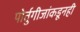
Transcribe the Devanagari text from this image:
पोर्तुगीजांकडूनही